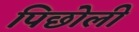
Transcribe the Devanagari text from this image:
पिछोली